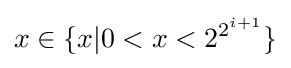
x\in \{x|0<x<2^{2^{i+1}}\}